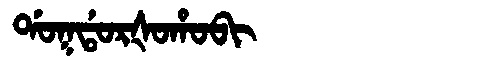
Manchu: ᡩᠣᡴᡩᠣᡵᡧᠣᡥᠣᠪᡳ
Romanization: DOKDORŠOHOBI